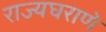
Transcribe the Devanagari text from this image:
राज्यघराणे